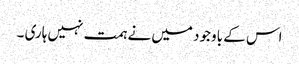
اس کے باوجود میں نے ہمت نہیں ہاری ۔